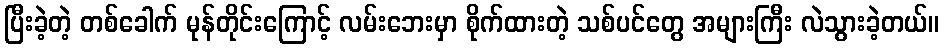
ပြီးခဲ့တဲ့ တစ်ခေါက် မုန်တိုင်းကြောင့် လမ်းဘေးမှာ စိုက်ထားတဲ့ သစ်ပင်တွေ အများကြီး လဲသွားခဲ့တယ်။